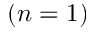
( n = 1 )